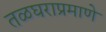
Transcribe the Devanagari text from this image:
तळघराप्रमाणे